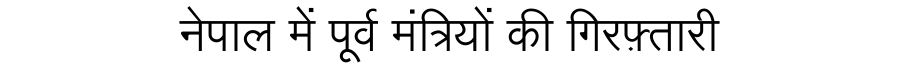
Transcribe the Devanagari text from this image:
नेपाल में पूर्व मंत्रियों की गिरफ़्तारी